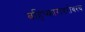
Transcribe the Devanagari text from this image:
बहिष्काराबरोबरच